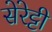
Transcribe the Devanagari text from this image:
सेरेट्टी